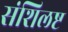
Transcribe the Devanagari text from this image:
संशिलष्ट